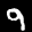
Label: 9